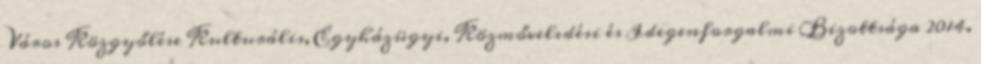
Város Közgyőlése Kulturális, Egyházügyi, Közmővelıdési és Idegenforgalmi Bizottsága 2014.